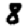
Digit: 8